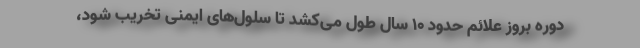
دوره بروز علائم حدود ۱۰ سال طول می‌کشد تا سلول‌های ایمنی تخریب شود،